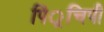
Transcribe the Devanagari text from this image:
पिं्रचिपी